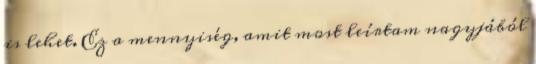
is lehet. Ez a mennyiség, amit most leírtam nagyjából